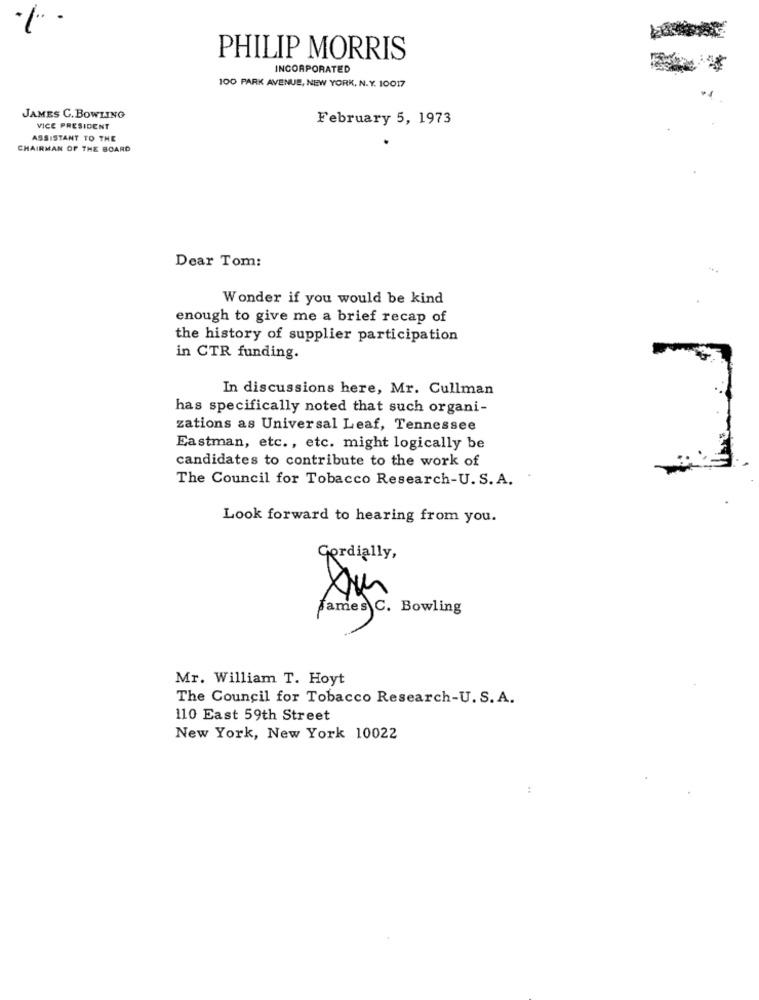
PHILIP MORRIS
INCORPORATED
*
100 PARK AVENUE, NEW YORK, N.Y. 10017
JAMES C. BOWLING
February 5, 1973
VICE PRESIDENT
ASSISTANT TO THE
CHAIRMAN OF THE BOARD
Dear Tom:
Wonder if you would be kind
enough to give me a brief recap of
the history of supplier participation
in CTR funding.
In discussions here, Mr. Cullman
has specifically noted that such organi-
zations as Universal Leaf, Tennessee
Eastman, etc ., etc. might logically be
candidates to contribute to the work of
The Council for Tobacco Research-U. S. A.
Look forward to hearing from you.
Cordially,
James C. Bowling
Mr. William T. Hoyt
The Council for Tobacco Research-U. S. A.
110 East 59th Street
New York, New York 10022